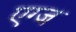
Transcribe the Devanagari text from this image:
एग्ज